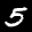
Label: 5